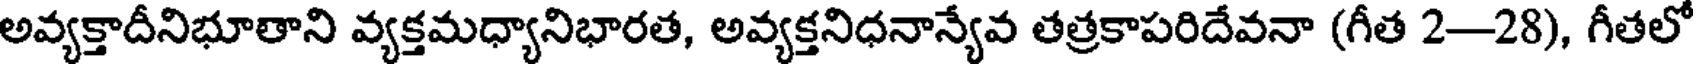
అవ్యక్తాదీనిభూతాని వ్యక్తమధ్యానిభారత, అవ్యక్తనిధనాన్యేవ తత్రకాపరిదేవనా (గీత 2--28), గీతలో